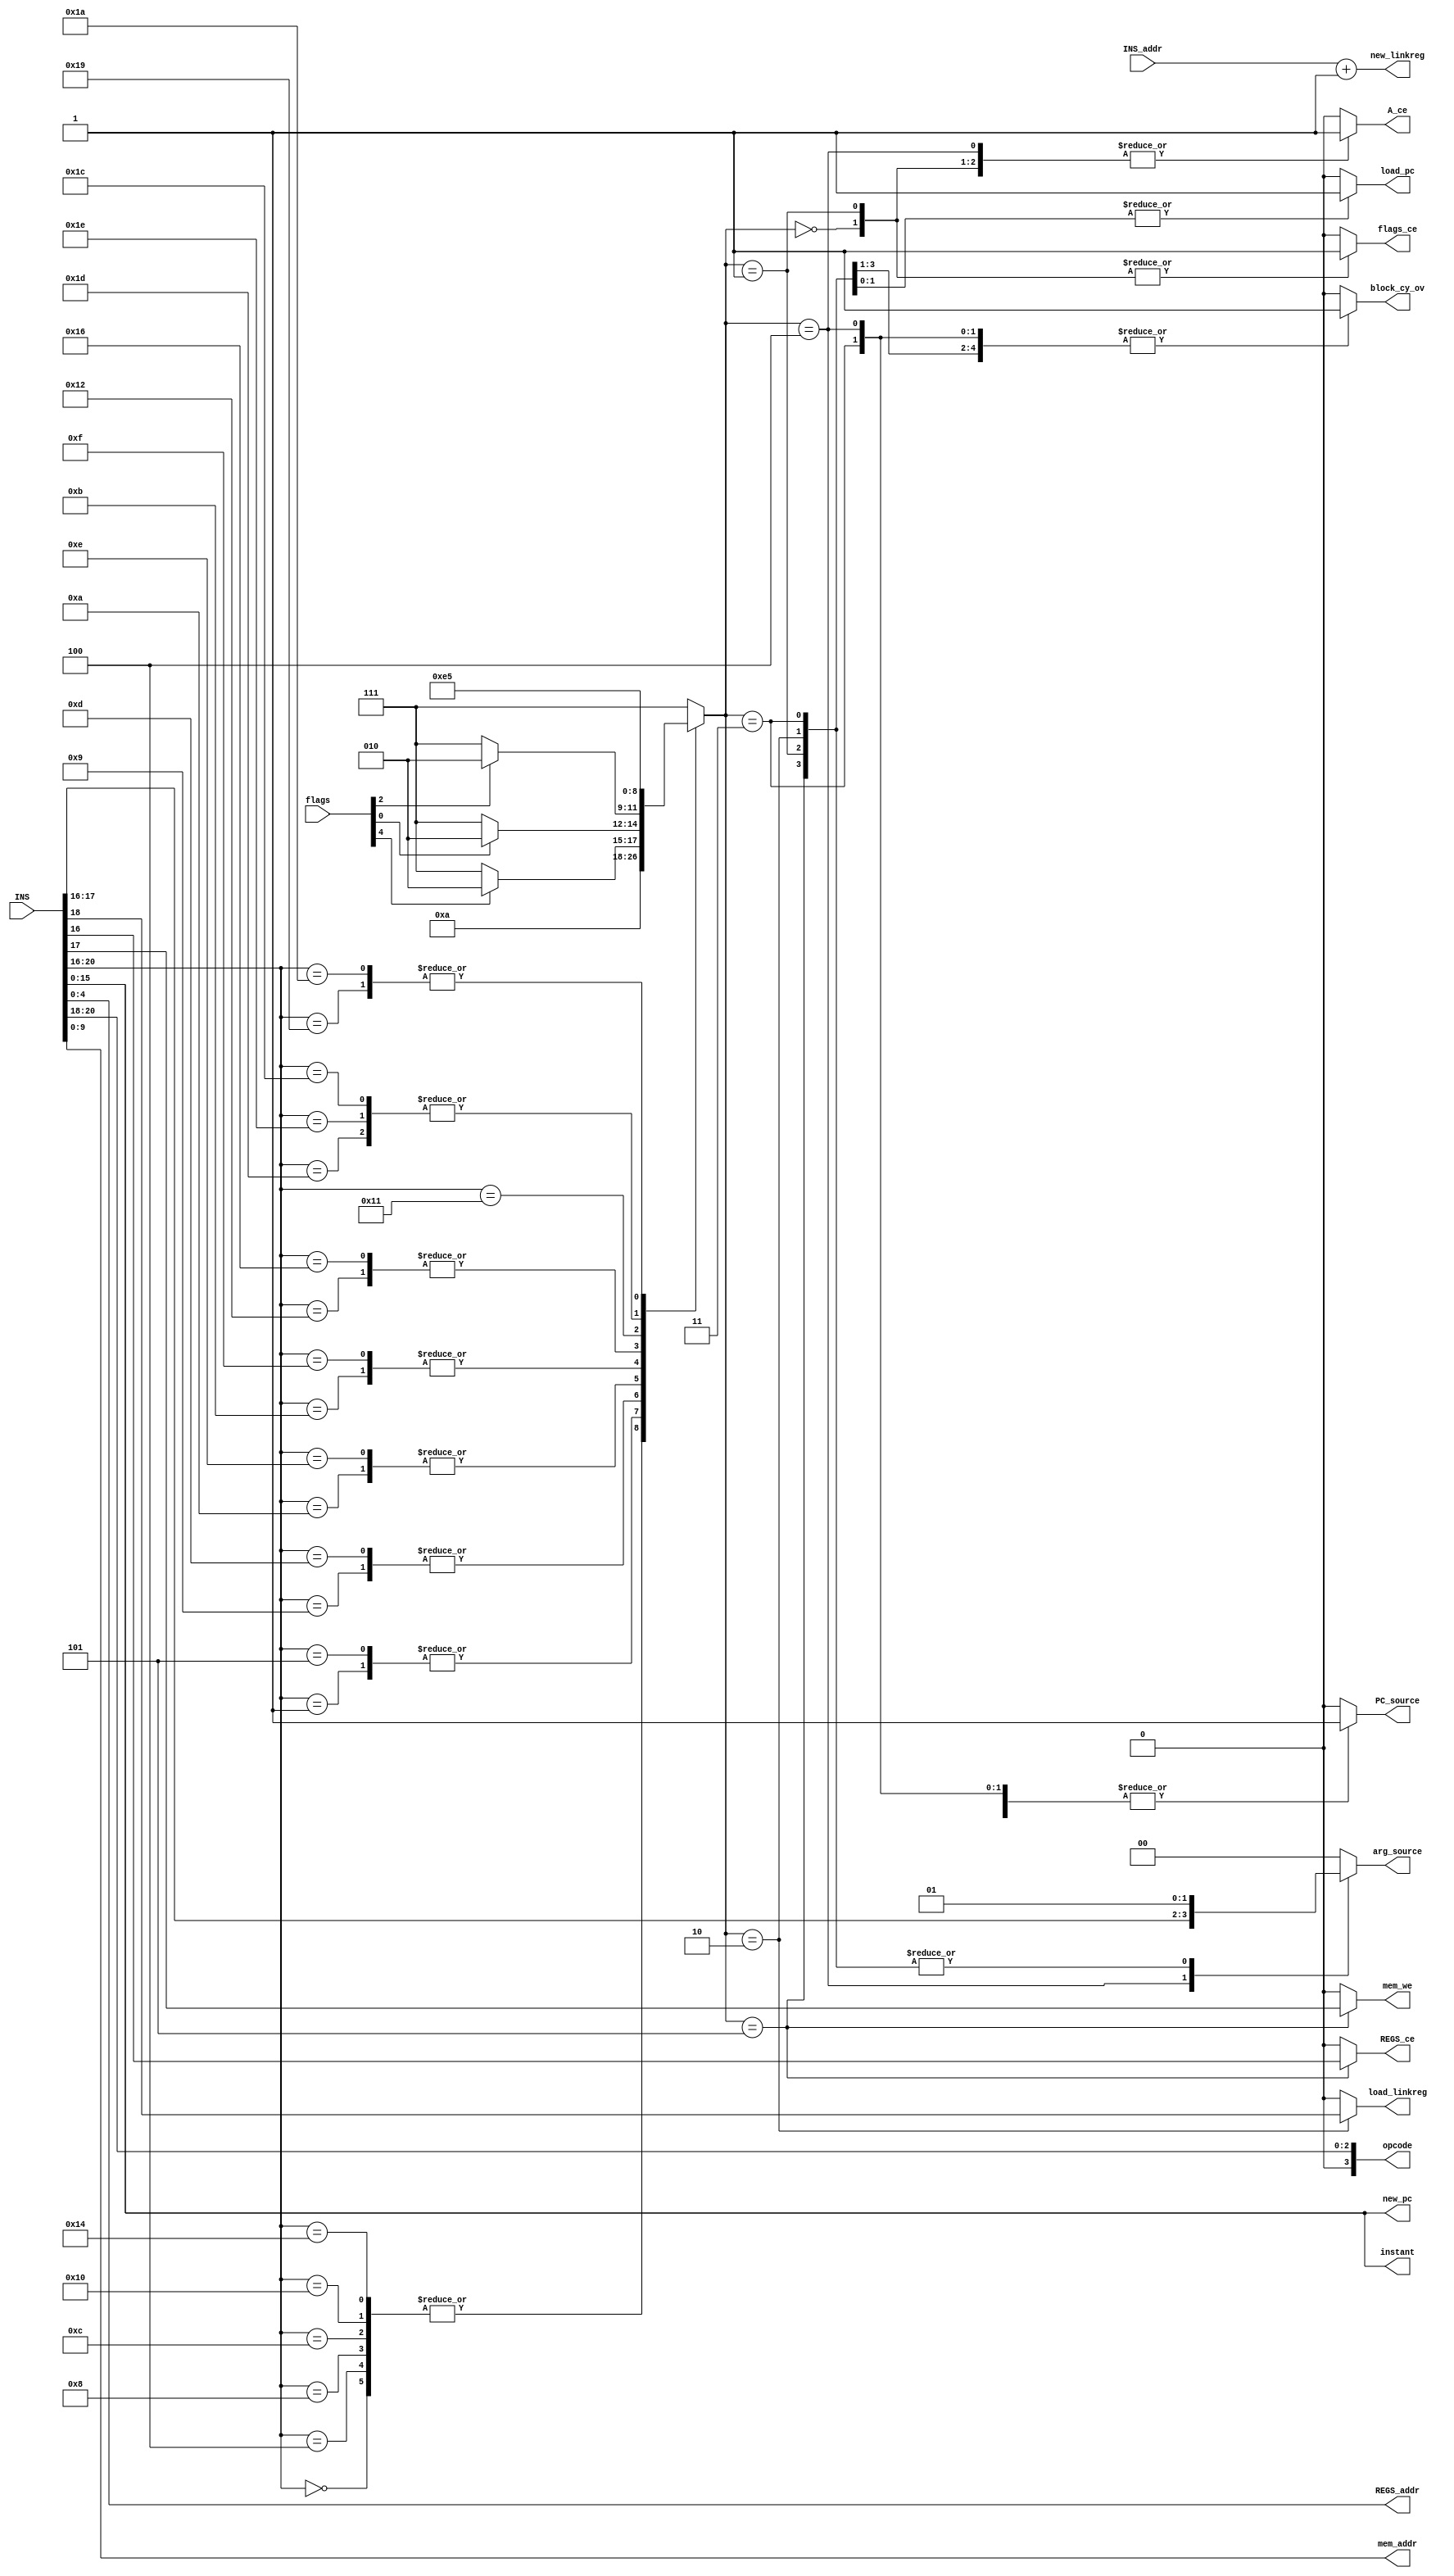
`timescale 1ns / 1ps
//////////////////////////////////////////////////////////////////////////////////
// Dekoder instrukcji
//////////////////////////////////////////////////////////////////////////////////


module instruction_decoder(
        input [20:0] INS,
        input [15:0] INS_addr,
		input [4:0] flags,
        
        output reg A_ce,
        output reg REGS_ce,
		output reg flags_ce,
        
        output reg load_pc,
        output reg load_linkreg,
		
        output [15:0] new_pc,
        output [15:0] new_linkreg,
        
        output [4:0] REGS_addr,
        output [3:0] opcode,
        output [15:0] instant,
		
        output reg PC_source,
        output reg [1:0] arg_source,
		output reg block_cy_ov,
        
        output reg mem_we,
        output [9:0] mem_addr
  
    );
	
reg [2:0] output_type;

wire [4:0] operation;
wire iscall;
wire Z, CY, S, P, OV;

assign operation = 	INS[20:16];
assign iscall = operation[2];
assign {Z, CY, S, P, OV} = flags;

//Wypracowanie kodu wyjcia	
always @(*)
begin
    case (operation)
        5'b00000: begin 
            output_type <= 3'b000;
        end
        5'b00100: begin 
            output_type <= 3'b000;
        end
        5'b01000: begin 
            output_type <= 3'b000;
        end
        5'b01100: begin 
            output_type <= 3'b000;
        end
        5'b10000: begin 
            output_type <= 3'b000;
        end
        5'b10100: begin 
            output_type <= 3'b000;
        end
                    
        5'b00001: begin 
            output_type <= 3'b001;
        end
        
        5'b00101: begin 
            output_type <= 3'b001;
        end
        
        5'b01001: begin 
            output_type <= 3'b010;
        end
        5'b01101: begin 
            output_type <= 3'b010;
        end
        
        5'b01010: begin 
            if(Z) output_type <= 3'b010;
            else  output_type <= 3'b111;
        end
        5'b01110: begin 
            if(Z) output_type <= 3'b010;
            else  output_type <= 3'b111;
        end
        
        5'b01011: begin 
            if(OV) output_type <= 3'b010;
            else  output_type <= 3'b111;
        end
        5'b01111: begin 
            if(OV) output_type <= 3'b010;
            else  output_type <= 3'b111;
        end
        
        5'b10010: begin 
            if(S) output_type <= 3'b010;
            else  output_type <= 3'b111;
        end
        5'b10110: begin 
            if(S) output_type <= 3'b010;
            else  output_type <= 3'b111;
        end
        
        5'b10001: begin
            output_type <= 3'b011;
        end
        
        5'b11101: begin
            output_type <= 3'b100;
        end
        
        5'b11110: begin
            output_type <= 3'b100;
        end
        
        5'b11100: begin
            output_type <= 3'b100;
        end
        
        5'b11001: begin
            output_type <= 3'b101;
        end
        
        5'b11010: begin
            output_type <= 3'b101;
        end
        
        default: begin 
           output_type <= 3'b111;
        end
    endcase
end

//Wypracowanie wyj
always @(*)
begin
//Operacje arytmetyczno logiczne
    case (output_type)
		3'b000: begin 
			A_ce <= 1'b1;
			REGS_ce <= 1'b0;
			flags_ce <= 1'b1;
				
			load_pc <= 1'b0;
			load_linkreg <= 1'b0;
				
			
				
			PC_source <= 1'b0;
			arg_source <= 2'b00;
			block_cy_ov <= 1'b0;
			mem_we <= 1'b0;
		end
		//INC/DEC
		3'b001: begin 
		    A_ce <= 1'b1;
            REGS_ce <= 1'b0;
            flags_ce <= 1'b1;
                    
            load_pc <= 1'b0;
            load_linkreg <= 1'b0;
                    
            
                    
            PC_source <= 1'b0;
            arg_source <= 2'b01;
            block_cy_ov <= 1'b1;
            mem_we <= 1'b0;
        end
        //Skoki
        3'b010: begin 
		    A_ce <= 1'b0;
            REGS_ce <= 1'b0;
            flags_ce <= 1'b0;
                    
            load_pc <= 1'b1;
            load_linkreg <= iscall;
                    
           
                    
            PC_source <= 1'b0;
            arg_source <= 2'b01;
            block_cy_ov <= 1'b1;
            mem_we <= 1'b0;
        end
        3'b011: begin 
		    A_ce <= 1'b0;
            REGS_ce <= 1'b0;
            flags_ce <= 1'b0;
                    
            load_pc <= 1'b1;
            load_linkreg <= 1'b0;
                    
            
                    
            PC_source <= 1'b1;
            arg_source <= 2'b01;
            block_cy_ov <= 1'b1;
            mem_we <= 1'b0;
        end
        3'b100: begin 
		    A_ce <= 1'b1;
            REGS_ce <= 1'b0;
            flags_ce <= 1'b0;
                    
            load_pc <= 1'b0;
            load_linkreg <= 1'b0;
                    
            
                    
            PC_source <= 1'b1;
            arg_source <= operation[1:0];
            block_cy_ov <= 1'b1;
            mem_we <= 1'b0;
        end
        3'b101: begin 
		    A_ce <= 1'b0;
		    
            REGS_ce <= operation[0];
            mem_we <= operation[1];
            
            flags_ce <= 1'b0;
                 
            load_pc <= 1'b0;
            load_linkreg <= 1'b0;
                    
                    
            PC_source <= 1'b1;
            arg_source <= 2'b01;
            block_cy_ov <= 1'b1;
            
        end
        default: begin 
		    A_ce <= 1'b0;
			REGS_ce <= 1'b0;
			flags_ce <= 1'b0;
				
			load_pc <= 1'b0;
			load_linkreg <= 1'b0;
				
			
				
			PC_source <= 1'b0;
			arg_source <= 'b0;
			block_cy_ov <= 1'b0;
			mem_we <= 1'b0;
		end
    endcase
end
    
assign opcode = INS[20:18];
assign new_pc = INS[15:0];
assign instant = INS[15:0];
assign new_linkreg = INS_addr + 1; 
assign REGS_addr = INS[4:0];
assign mem_addr = INS[9:0];

endmodule